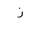
Letter: _zay